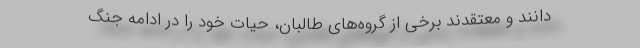
‌دانند و معتقدند برخی از گروه‌های طالبان، حیات خود را در ادامه جنگ